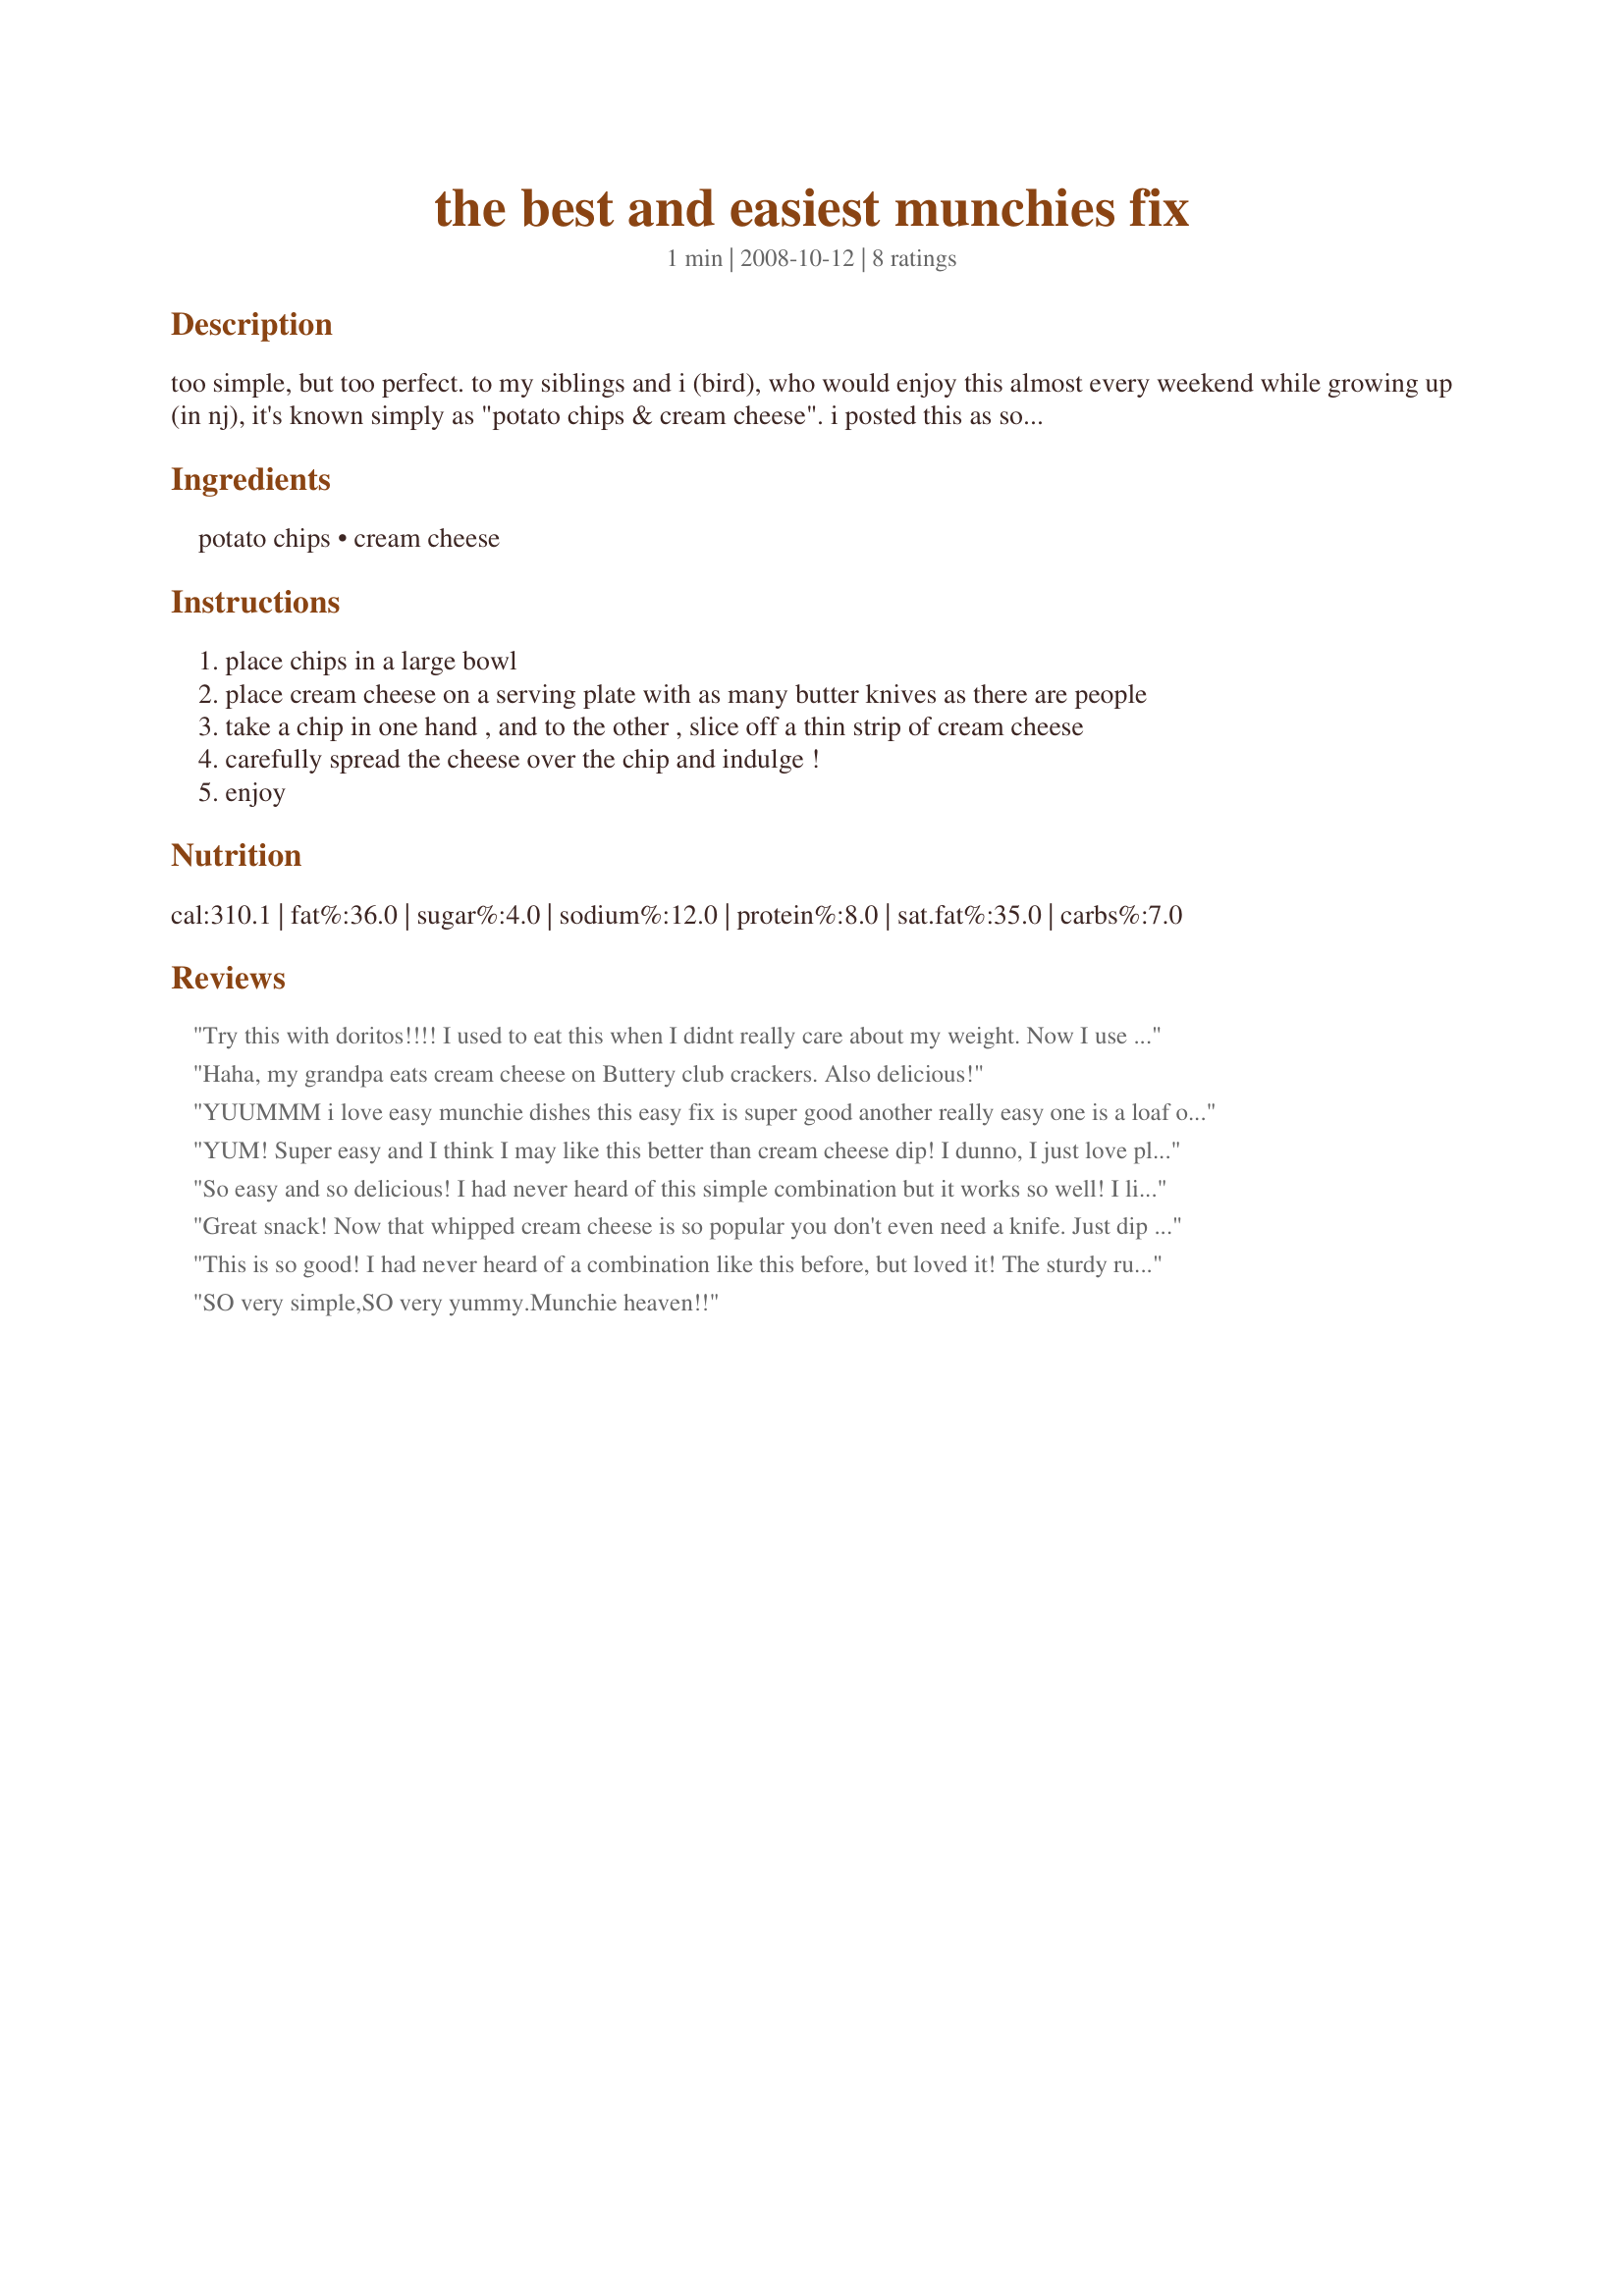
the best and easiest munchies fix
Preparation time: 1 minutes

too simple, but too perfect. to my siblings and i (bird), who would enjoy this almost every weekend while growing up (in nj), it's known simply as "potato chips & cream cheese". i posted this as some of you may have never had the wonderful experience of these two items swirling joyfully in your mouth.

Ingredients:
potato chips, cream cheese

Steps:
place chips in a large bowl
place cream cheese on a serving plate with as many butter knives as there are people
take a chip in one hand , and to the other , slice off a thin strip of cream cheese
carefully spread the cheese over the chip and indulge !
enjoy

Reviews:
Try this with doritos!!!! I used to eat this when I didnt really care about my weight. Now I use lower fat cream cheese with baked doritos.
Haha, my grandpa eats cream cheese on Buttery club crackers. Also delicious!
YUUMMM i love easy munchie dishes this easy fix is super good another really easy one is a loaf of bread and sum butter...
YUM! Super easy and I think I may like this better than cream cheese dip! I dunno, I just love plain cream cheese! I made the mistake of buying cheap chips so I was making LOTS of sandwiches cause they kept breaking. Next time I'm buying the good quality ones :)
So easy and so delicious! I had never heard of this simple combination but it works so well! I liked this with Ruffles style chips but I imagine it would work really well with stronger flavoured chips also. Thanks for a super snack!
Great snack! Now that whipped cream cheese is so popular you don't even need a knife. Just dip the chip into the tub! Cream cheese is also great with Ranch Wheat Thins. It's been my go-to snack for years. :)
This is so good! I had never heard of a combination like this before, but loved it! The sturdy ruffle style chips go great with the mellow, smooth cream cheese and together they are the perfect munchy. YUM! I think next time Im going to try a herbed cream cheese instead of plain. Cant wait!<br/>THANK YOU SO MUCH for sharing a real winner with us, 2Bleu!<br/>Made and reviewed for Photo Tag May 2011.
SO very simple,SO very yummy.Munchie heaven!!
